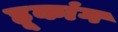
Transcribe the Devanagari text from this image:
हूकांग